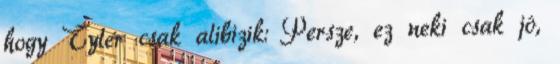
hogy Tyler csak alibizik: Persze, ez neki csak jó,